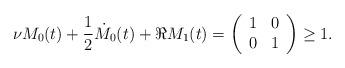
LaTeX: \begin{align*}\nu M_{0}(t)+\frac{1}{2}\dot{M}_{0}(t)+\Re M_{1}(t)=\left(\begin{array}{cc}1 & 0\\0 & 1\end{array}\right)\geq1.\end{align*}